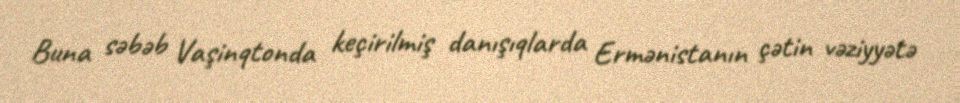
Buna səbəb Vaşinqtonda keçirilmiş danışıqlarda Ermənistanın çətin vəziyyətə